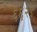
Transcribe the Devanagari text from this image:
६६२९